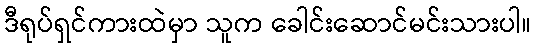
ဒီရုပ်ရှင်ကားထဲမှာ သူက ခေါင်းဆောင်မင်းသားပါ။